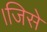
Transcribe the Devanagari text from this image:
।जिसे